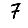
Digit: 7